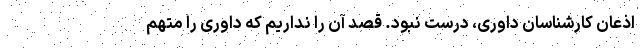
اذعان کارشناسان داوری، درست نبود. قصد آن را نداریم که داوری را متهم